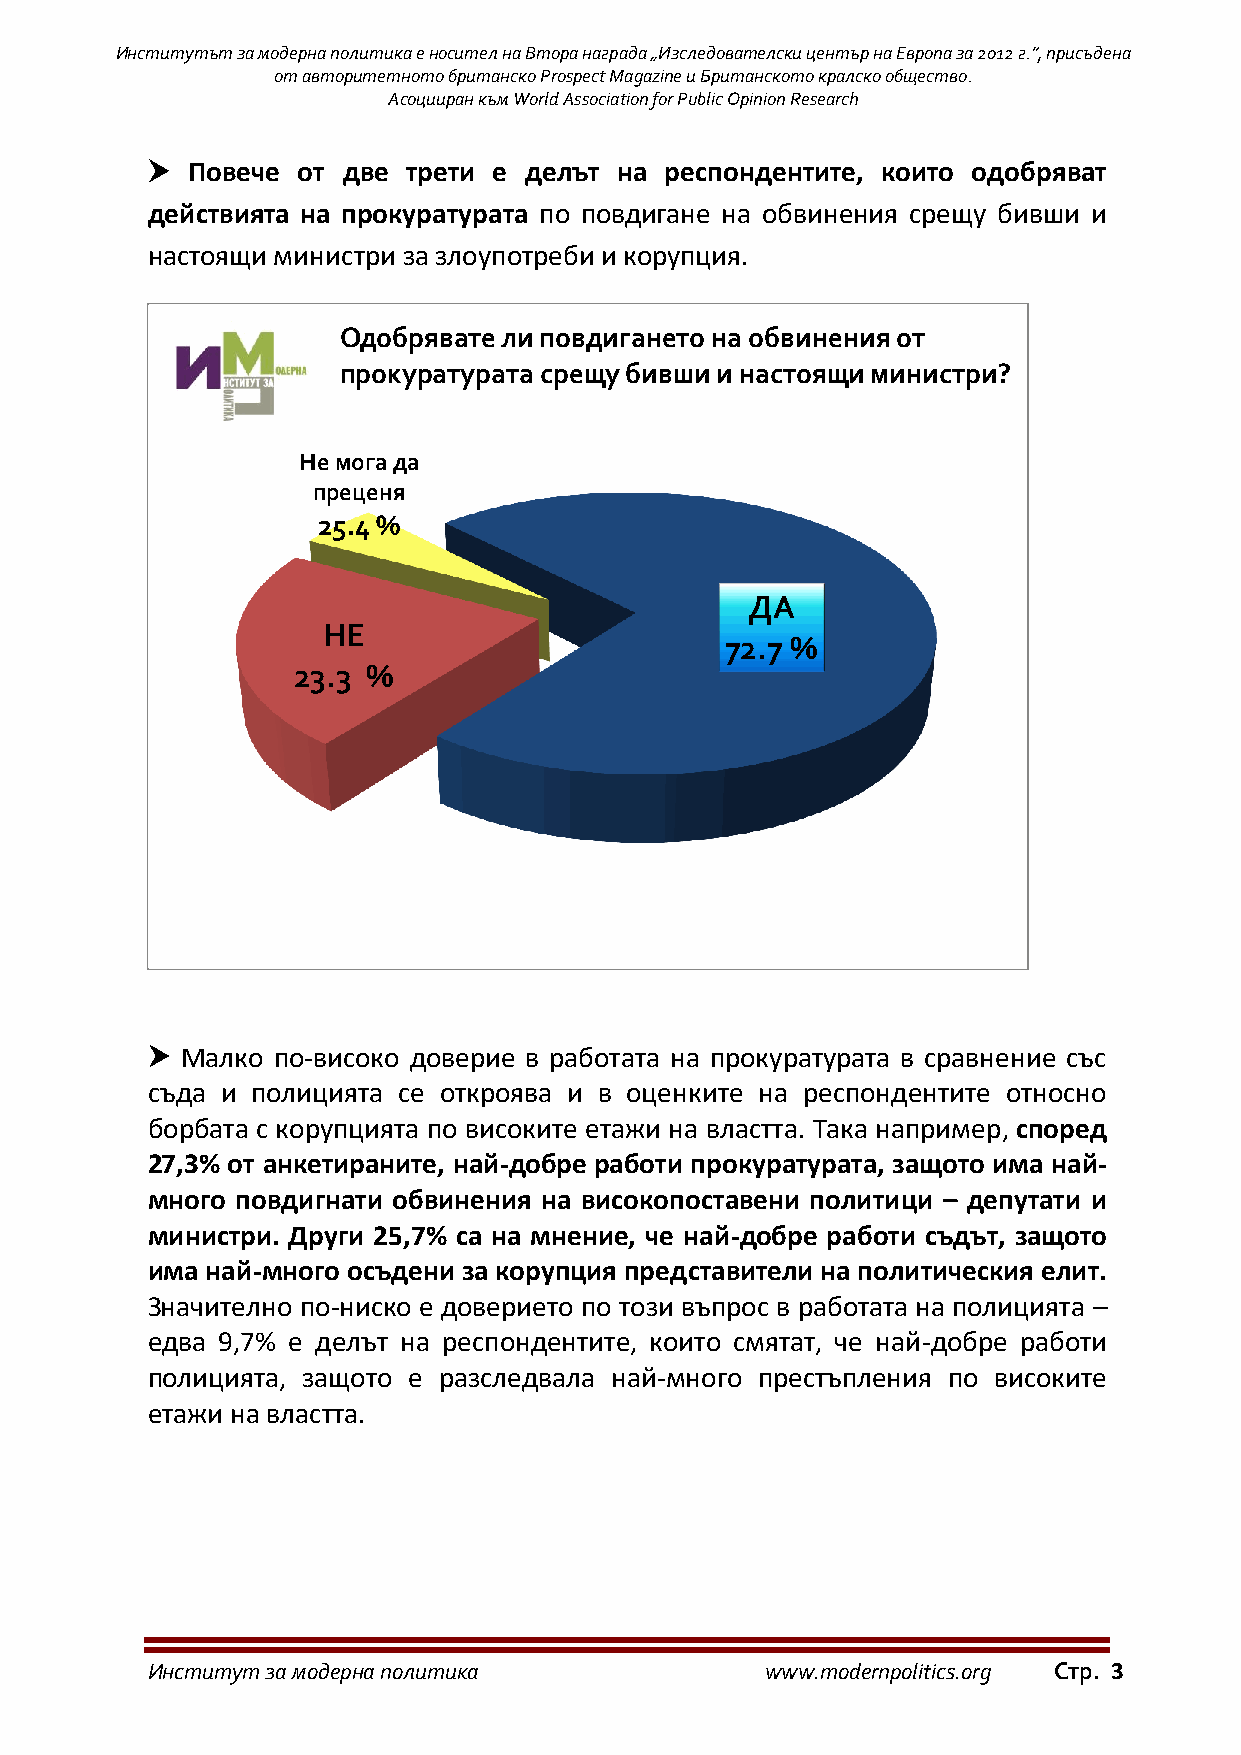
Институтът за модерна политика е носител на Втора награда „Изследователски център на Европа за 2012 г.”, присъдена
 от авторитетното британско Prospect Magazine и Британското кралско общество.
 Асоцииран към World Association for Public Opinion Research
  Повече  от две трети е делът на респондентите, които одобряват
 действията на прокуратурата по повдигане на обвинения срещу бивши и
 настоящи министри за злоупотреби и корупция.
 Одобрявате ли повдигането на обвинения от
 прокуратурата срещу бивши и настоящи министри?
 Не мога да
 преценя
 25.4 %
 ДА
 НЕ
 72.7 %
 23.3 %
  Малко по-високо доверие в работата на прокуратурата в сравнение със
 съда и полицията се откроява и в оценките на респондентите относно
 борбата с корупцията по високите етажи на властта. Така например, според
 27,3% от анкетираните, най-добре работи прокуратурата, защото има най-
 много повдигнати обвинения на високопоставени политици – депутати и
 министри. Други 25,7% са на мнение, че най-добре работи съдът, защото
 има най-много осъдени за корупция представители на политическия елит.
 Значително по-ниско е доверието по този въпрос в работата на полицията –
 едва 9,7% е делът на респондентите, които смятат, че най-добре работи
 полицията, защото е разследвала най-много престъпления по високите
 етажи на властта.
 Институт за модерна политика             www.modernpolitics.org Стр. 3